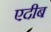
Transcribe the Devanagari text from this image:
एदीब